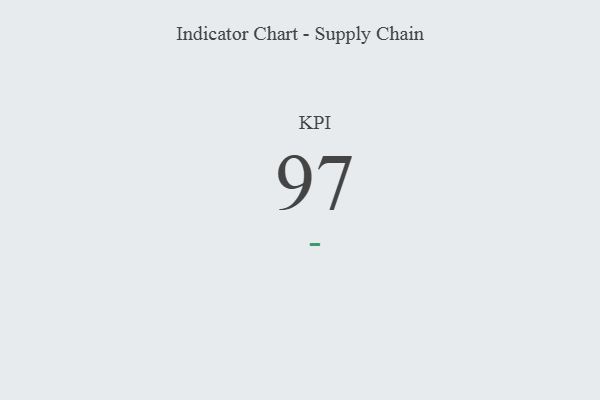
{"axis": {"x": "KPI", "y": "Value"}, "legend": [""], "data": [{"x": "KPI", "y": 97, "type": ""}]}